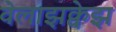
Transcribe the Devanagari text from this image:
वेलाझक्वेझ